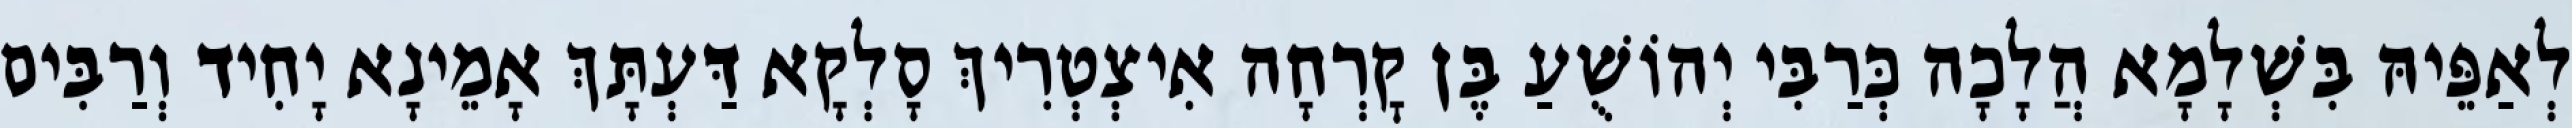
לְאַפֵּיהּ בִּשְׁלָמָא הֲלָכָה כְּרַבִּי יְהוֹשֻׁעַ בֶּן קׇרְחָה אִיצְטְרִיךְ סָלְקָא דַּעְתָּךְ אָמֵינָא יָחִיד וְרַבִּים